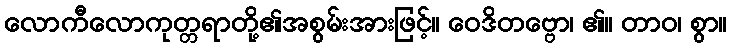
လောကီလောကုတ္တရာတို့၏အစွမ်းအားဖြင့်။ ဝေဒိတဗ္ဗော၊ ၏။ တာဝ၊ စွာ။